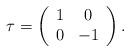
LaTeX: \begin{align*}\tau=\left(\begin{array}{cc}1 & 0\\0& -1\end{array}\right).\end{align*}